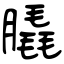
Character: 膬